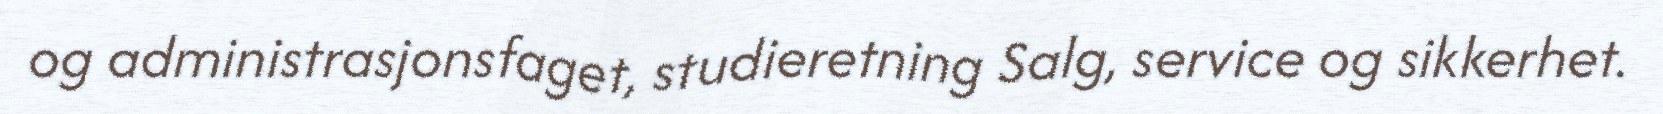
og administrasjonsfaget, studieretning Salg, service og sikkerhet.